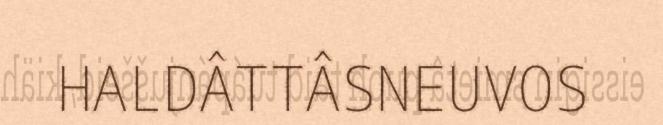
HALDÂTTÂSNEUVOS